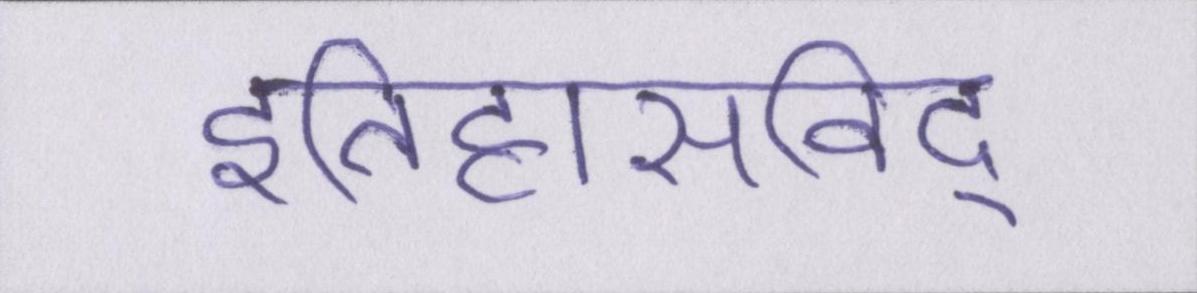
इतिहासविद्